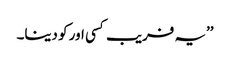
’’یہ فریب کسی اور کو دینا۔